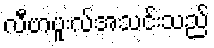
လီဗာပူးလ်အသင်းသည်